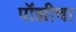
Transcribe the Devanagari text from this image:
पॉझीचा